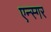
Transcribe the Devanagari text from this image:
एन्स्गर